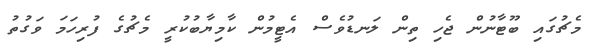
މެޗުގައި ބޫޓާނުން ޖެހި ތިން ލަނޑުވެސް އެޓީމުން ކާމިޔާބުކުރީ މެޗުގެ ފުރިހަމަ ވަގުތު